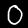
Digit: 0